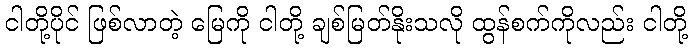
ငါတို့ပိုင် ဖြစ်လာတဲ့ မြေကို ငါတို့ ချစ်မြတ်နိုးသလို ထွန်စက်ကိုလည်း ငါတို့